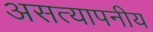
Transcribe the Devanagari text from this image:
असत्यापनीय